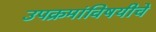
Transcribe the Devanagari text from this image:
उपक्रमांविषयीचे